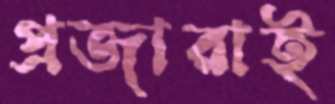
প্রজারাই